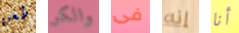
طعن والكر فى إنه أنا